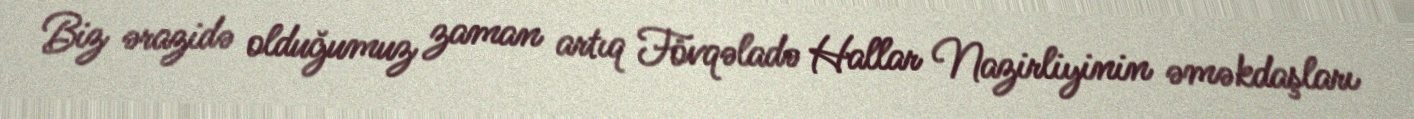
Biz ərazidə olduğumuz zaman artıq Fövqəladə Hallar Nazirliyinin əməkdaşları